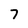
Character: 7